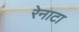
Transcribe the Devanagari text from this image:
रेनाटा